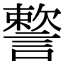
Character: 𧫷